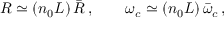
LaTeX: R \simeq ( n _ { 0 } L ) \, \bar { R } \, , \qquad \omega _ { c } \simeq ( n _ { 0 } L ) \, \bar { \omega } _ { c } \, ,